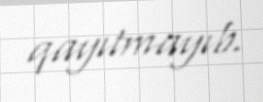
qayıtmayıb.